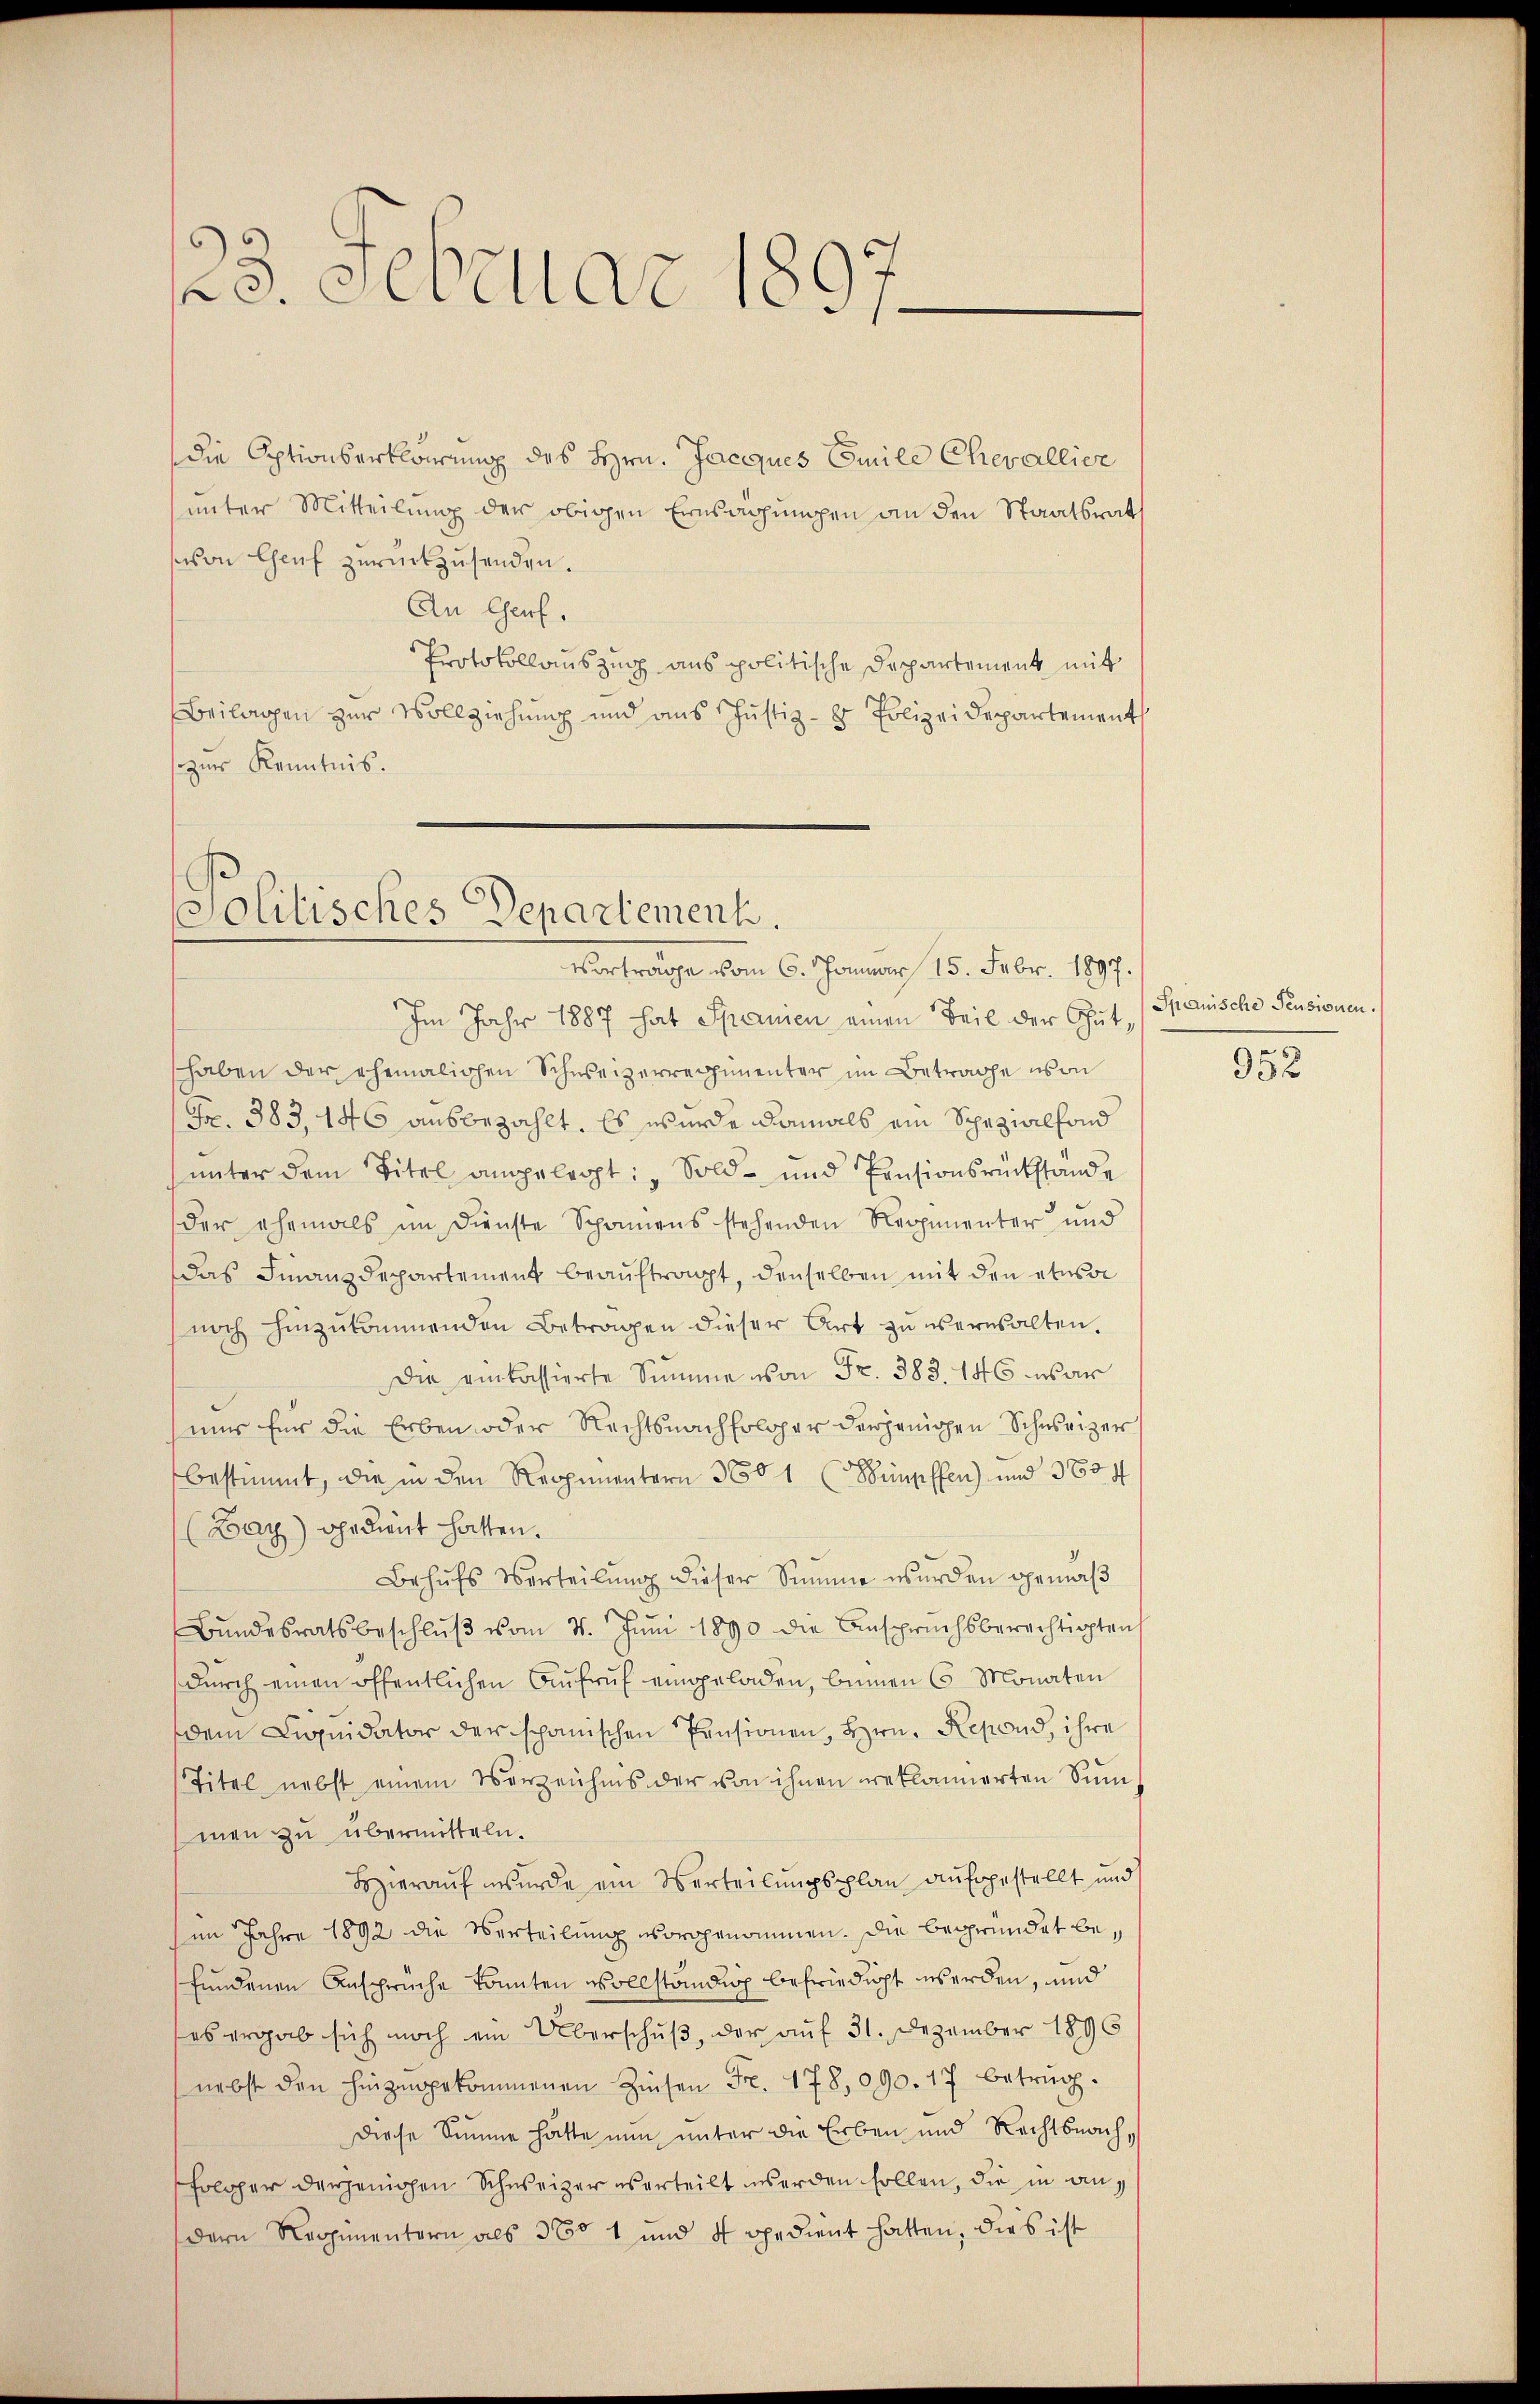
23. Februar 1891

die Optionserklärung des Hrn. Jacques Emile Chevallier
unter Mitteilung der obigen Ernsahungen an den Staatsrath
von Chef zurückzusenden.
An Genf.
Protokollauszug aus politische Departement mit
Beilagen zur Vollziehung und aus Justiz- & Polizeidepartement
zur Kenntnis.

Politisches Departement.
Vortrage vom 6. Januar 15. Febr. 1897.

Im Jahr 1887 hat Spanien einen Teil der Guthaben der ehemalichen Schweizerregimenter im Betrage von
Fr. 383, 146 ausbezahlt. Es wurde damals ein Schezialfond
ŭnter dem Titel angelegt: „Sold- und Pensionsrückstande
der ehemals im Dienste Schanens stehenden Regimenter und
Das Finanzdepartement beauftragt, denselben mit den etwa
noch hinzukommenden Betragen dieser Art zu ernsalten.
Die einkassierte Summe von Fr. 383. 146 war
nur für die Erben oder Rechtsnachfolger derjenigen Schweizer
bestimmt, die in den Reppimentern 360 1 (Sumpffen) und 3834
(Bay) gedient hatten.
Behŭfs Verteilŭng dieser Summe wurden gemäβ
.
Bŭndesratsbeschlŭβ vom 4. Juni 1890 die Anspruchsberechtigten
dŭrch einen öffentlichen Aŭfrŭf eingeladen, binnen 6 Monaten
dem Liquidator der schanischen Pensionen, Hrn. Repond, ihre
Titel nebst einem Verzeichnis der von ihnen reklamierten Summen zu übermitteln.
Hierauf wurde ein Verteilungsplan aufgestellt und
im Jahre 1892 die Verteilung vorgenommen. Die begründet befundenen Ansprüche konnten vollständig befriedigt werden, und
es ergab sich noch ein Überschuß, der auf 31. Dezember 1896
nebst den hinzugekommenen Zinsen Fr. 178,090. 17 betrüg¬
Diese Summe hätte nun unter die Erben und Rechtsnach,
folger derjenigen Schweizer es erteilt werden sollen, die in andern Regimentorn als 360 1 und 4 gedient hatten, dies ist

Spanische Pensionen.

952